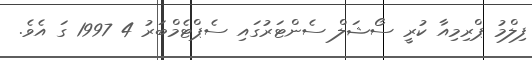
ފިލްމު ޕްރިމިއާ ކުރީ ސޯޝަލް ސެންޓަރުގައި ސެޕްޓެމްބަރު 4 1997 ގަ އެވެ.